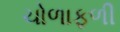
ચોળાફળી